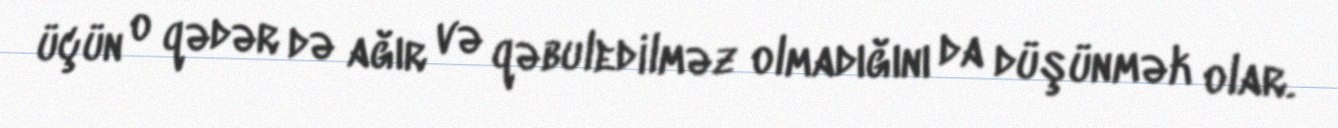
üçün o qədər də ağır və qəbuledilməz olmadığını da düşünmək olar.